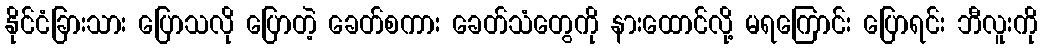
နိုင်ငံခြားသား ပြောသလို ပြောတဲ့ ခေတ်စကား ခေတ်သံတွေကို နားထောင်လို့ မရကြောင်း ပြောရင်း ဘီလူးကို